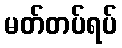
မတ်တပ်ရပ်